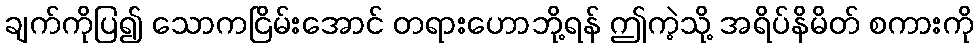
ချက်ကိုပြ၍ သောကငြိမ်းအောင် တရားဟောဘို့ရန် ဤကဲ့သို့ အရိပ်နိမိတ် စကားကို